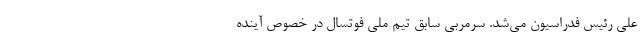
علی رئیس فدراسیون می‌شد. سرمربی سابق تیم ملی فوتسال در خصوص آینده